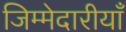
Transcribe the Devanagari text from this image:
जिम्मेदारीयाँ